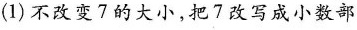
(1)不改变7的大小，把7改写成小数部